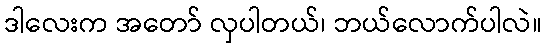
ဒါလေးက အတော် လှပါတယ်၊ ဘယ်လောက်ပါလဲ။